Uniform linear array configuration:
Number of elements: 64
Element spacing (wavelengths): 0.25
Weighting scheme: kaiser
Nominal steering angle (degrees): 15
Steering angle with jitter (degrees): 16.656
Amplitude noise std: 0.05
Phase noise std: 0.05

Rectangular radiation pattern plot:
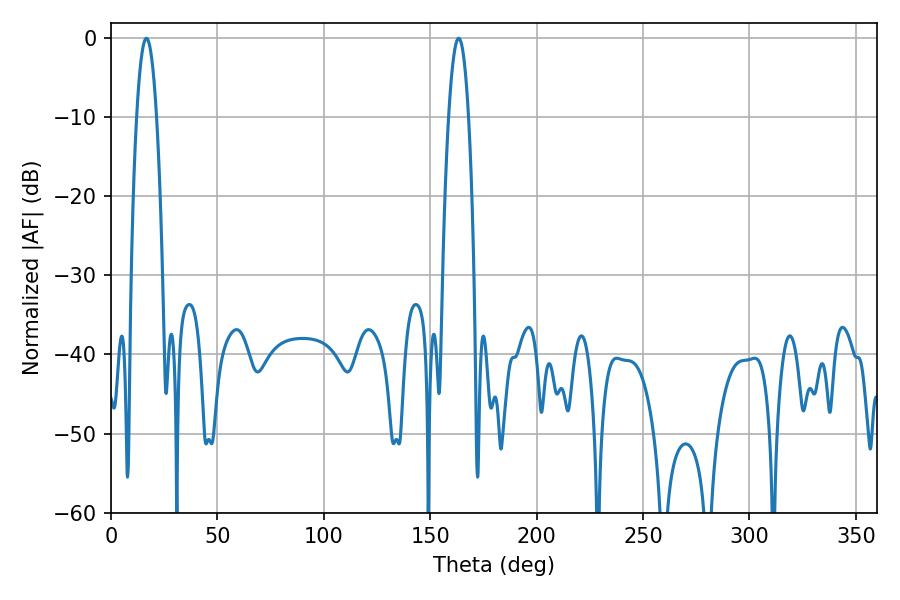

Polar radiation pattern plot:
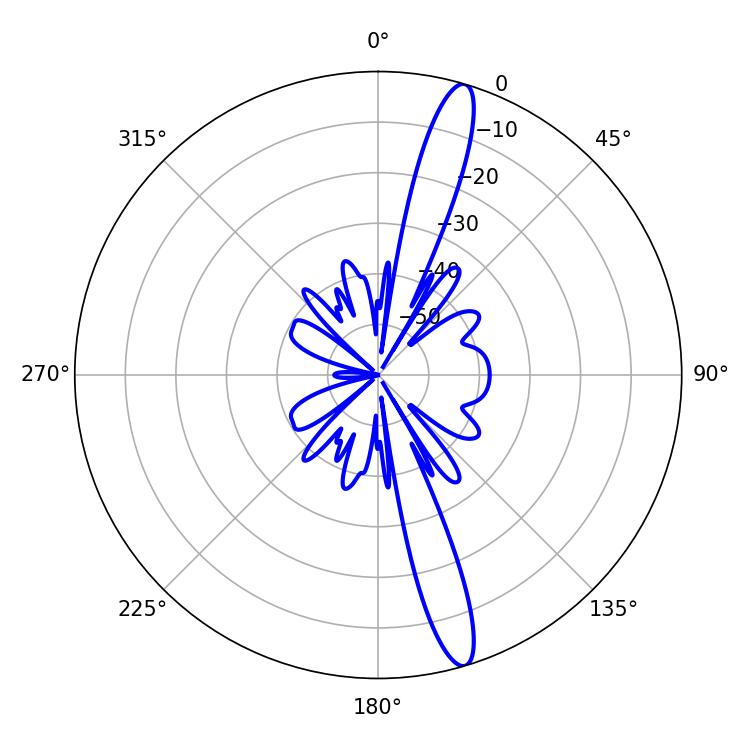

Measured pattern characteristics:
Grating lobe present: FALSE
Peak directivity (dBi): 15.534
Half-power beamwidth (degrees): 5.22
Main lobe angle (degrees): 16.56